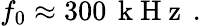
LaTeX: f_{0}\approx 300\, \mathrm{~k~H~z~}\, .